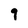
Character: 9